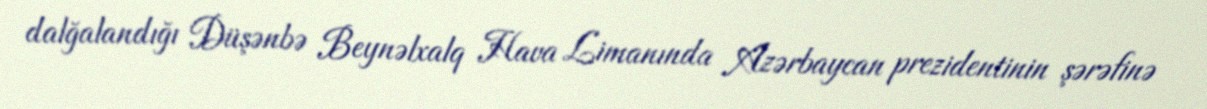
dalğalandığı Düşənbə Beynəlxalq Hava Limanında Azərbaycan prezidentinin şərəfinə